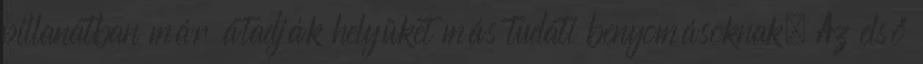
pillanatban már átadják helyüket más tudati benyomásoknak. Az első